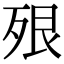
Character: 𣧾